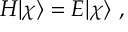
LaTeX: H | \chi \rangle = E | \chi \rangle \ ,